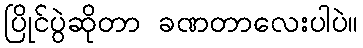
ပြိုင်ပွဲဆိုတာ ခဏတာလေးပါပဲ။